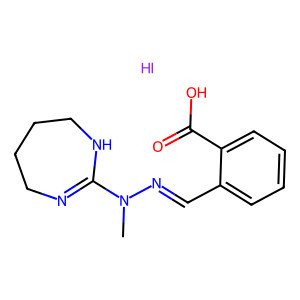
SMILES: CN(N=Cc1ccccc1C(=O)O)C1=NCCCCN1.I
Inhibits HIV replication: No